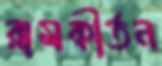
রামকীর্তন